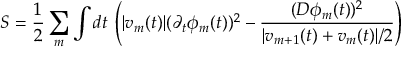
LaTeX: S = \frac { 1 } { 2 } \sum _ { m } \int d t \, \left( | v _ { m } ( t ) | ( \partial _ { t } \phi _ { m } ( t ) ) ^ { 2 } - \frac { ( D \phi _ { m } ( t ) ) ^ { 2 } } { | v _ { m + 1 } ( t ) + v _ { m } ( t ) | / 2 } \right)